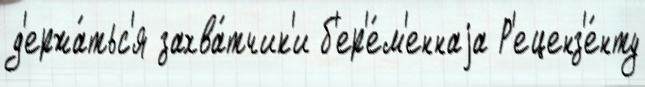
д'ержа́тьс'я захва́тчик'и б'ер'е́м'еннаjа Р'еценз'е́нту